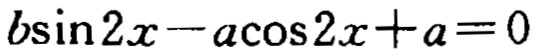
\(b\sin 2x - a\cos 2x + a = 0\)